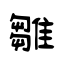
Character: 雛